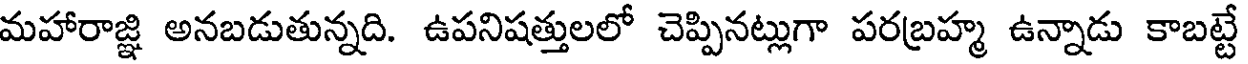
మహారాజ్ఞి అనబడుతున్నది. ఉపనిషత్తులలో చెప్పినట్లుగా పరబ్రహ్మ ఉన్నాడు కాబట్టే